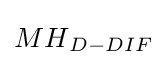
{\textstyle {MH}_{D-DIF}}